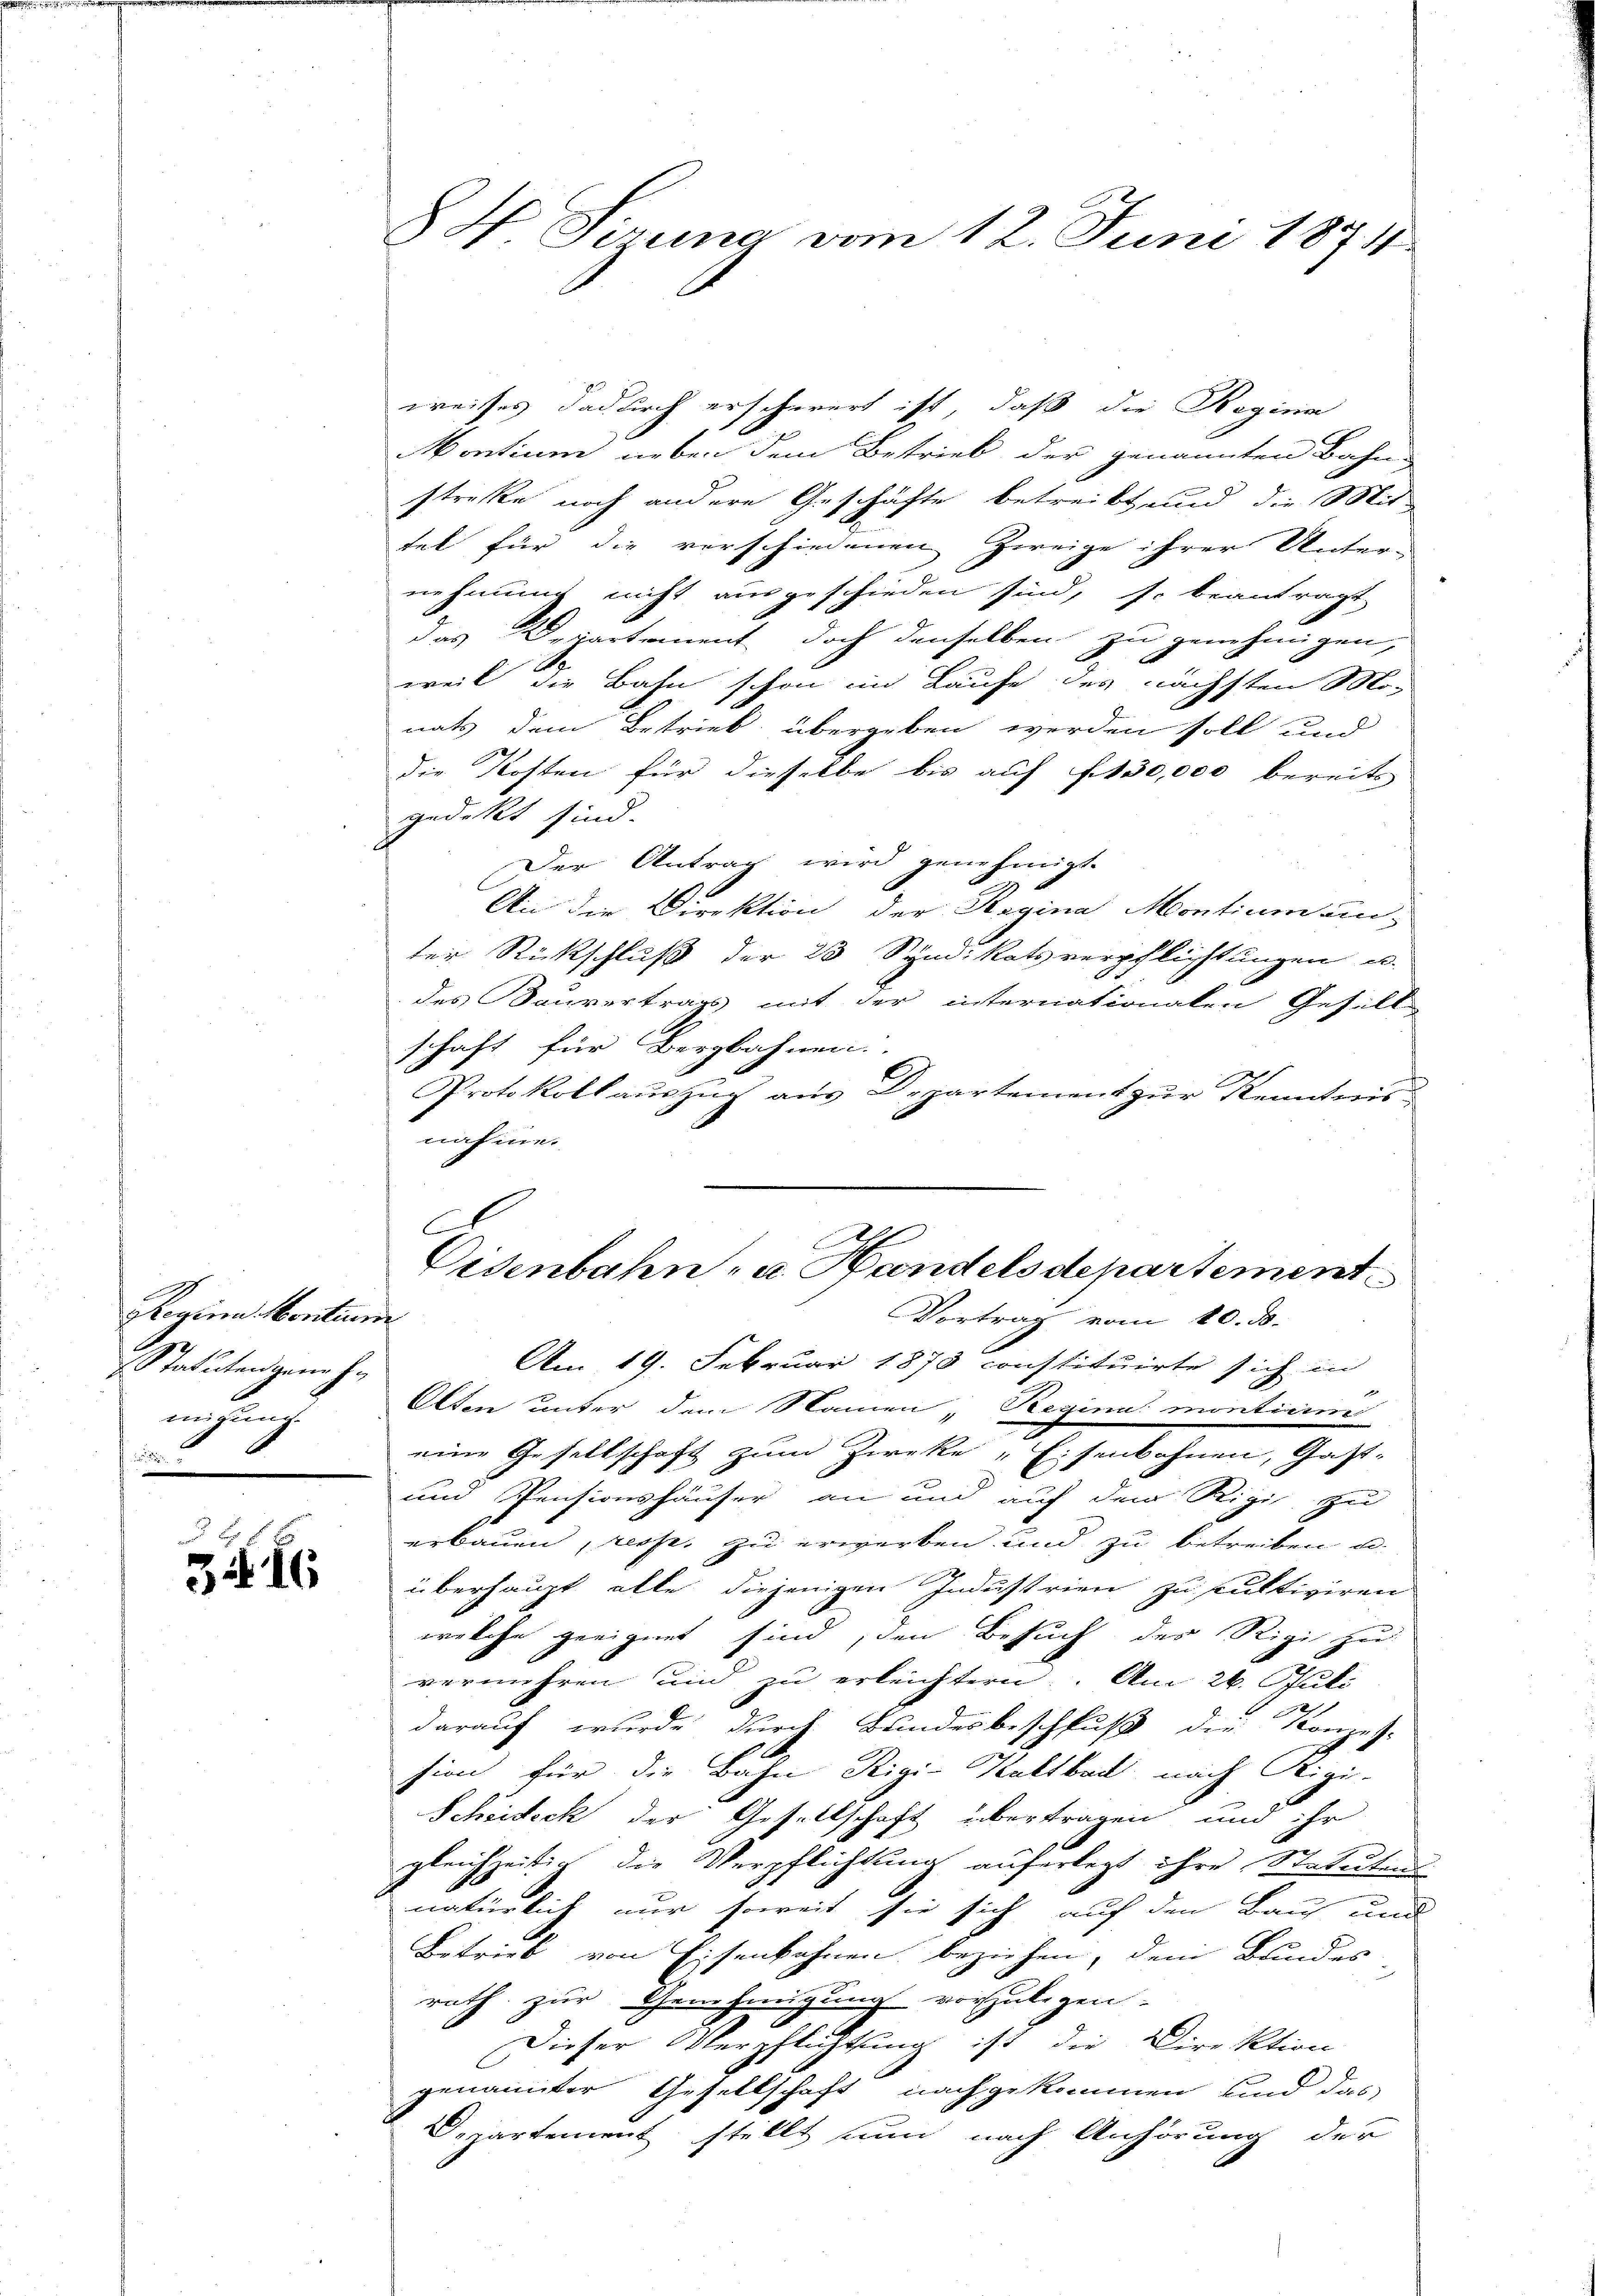
1
sregina Montium
Statuten gene he
migung
2

d
3416

weises dadurch erschwert ist, daß die Reginn
Montium neben dem Betrieb der genannten Bahn-
strecke noch andere Geschäfte betreibt, und die Mit-
tel für die verschiedenen Zweige ihrer Unter-
nehmung nicht ausgeschieden sind, so beantragt,
das Departement doch denselben zu genehmigen,
weil die Bahn schon im Laufe des nächsten Monats dem Betrieb übergeben werden soll und
die Kosten für dieselbe bis auf f. 130,000 bereits
gedeckt sind.
Der Antrag wird genehmigt.
An die Direktion der Regina Montium un-
ter Rückschluß der 23 Syndikatsverpflichtungen u.
des Bauvertrags mit der internationalen Gesells
schaft für Bergbahnen.
Protokollauszug aus Departement zur Kenntnisnahme.
Am 19. Februar 1873 constituirte sich in
Olten unter dem Namen, Regina: montierm
eine Gesellschaft zum Zieke „Eisenbahnen, Gast-
und Pensionshäuser an und auf den Rigi zu
erbauen, resp. zu erwerben und zu betreiben u.
überhaupt alle diejenigen Industrien zu kultiviren
welche geeignet sind, den Besuch der Rigi zu
vermehren und zu erleichtern. Am 26. Juli
darauf wurde durch Bundesbeschluß die Konzes-
sion für die Bahn Rigi-Kaltbach, nach Kizi-
Scheideck der Gesellschaft übertragen und ihr
gleichzeitig die Verpflichtung auferlegt ihre Statuten
natürlich nur soweit sie sich auf den Bau und
Betrieb von Eisenbahnen beziehen, dem Bundes
rath zur Genehmigung vorzulegen.
Dieser Verpflichtung ist die Direktion
genannter Gesellschaft nachgekommen sind das
Departement stellt nun nach Anhörung der

H Sirung vom 12. Juni 1874.

Disenbahn- u. Handelsdepartement
Vortrag vom 10. ds.